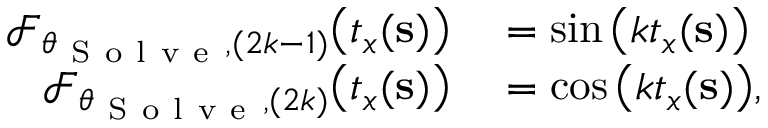
\begin{array} { r l } { \mathcal { F } _ { \theta _ { \mathrm { ~ S ~ o ~ l ~ v ~ e ~ } } , ( 2 k - 1 ) } \big ( \boldsymbol { t } _ { \boldsymbol { x } } ( \mathbf { s } ) \big ) } & { { } = \sin \big ( k \boldsymbol { t } _ { \boldsymbol { x } } ( \mathbf { s } ) \big ) } \\ { \mathcal { F } _ { \theta _ { \mathrm { ~ S ~ o ~ l ~ v ~ e ~ } } , ( 2 k ) } \big ( \boldsymbol { t } _ { \boldsymbol { x } } ( \mathbf { s } ) \big ) } & { { } = \cos \big ( k \boldsymbol { t } _ { \boldsymbol { x } } ( \mathbf { s } ) \big ) , } \end{array}